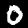
Label: 0